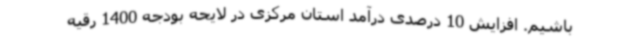
باشیم. افزایش 10 درصدی درآمد استان مرکزی در لایحه بودجه 1400 رقیه